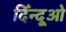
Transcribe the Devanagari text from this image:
दिँन्दूओ